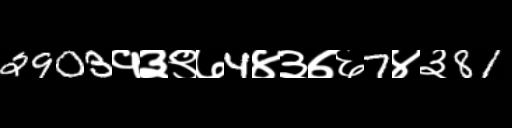
Text: 2903१३९७4४३७६7४३81